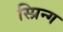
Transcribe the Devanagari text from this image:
स्प्रिन्ग